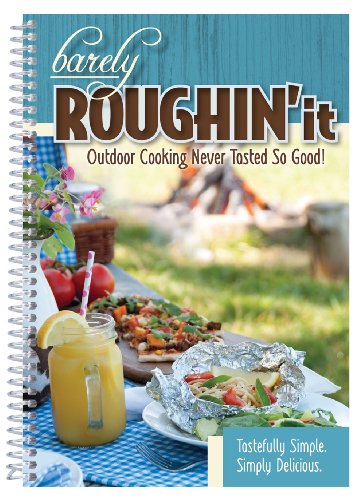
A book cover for Barely Roughin' It - Easy Camping Recipes & More!; CQ Products; Cookbooks, Food & Wine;